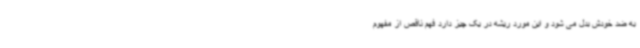
به ضد خودش بدل می شود و این مورد ریشه در یک چیز دارد فهم ناقص از مفهوم